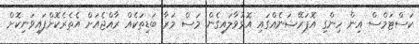
ކަސްޓަމްސް އިން ހިންގި އޮޕަރޭޝަނެއްގައި އޮޅުވާލައިގެން މަސް މަރާ ބަޑިތަކެއް ރާއްޖެއަށް އެތެރެކޮށްފައިވަނިކޮށް